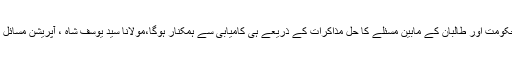
حکومت اور طالبان کے مابین مسئلے کا حل مذاکرات کے ذریعے ہی کامیابی سے ہمکنار ہوگا،مولانا سید یوسف شاہ ، آپریشن مسائل ..